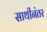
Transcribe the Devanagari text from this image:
साथीनंतर